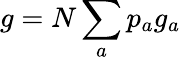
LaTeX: g=N\sum_{a}p_{a}g_{a}